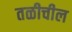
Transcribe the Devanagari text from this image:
तळीचील